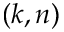
( k , n )